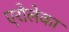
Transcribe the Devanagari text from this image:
एरोलेका